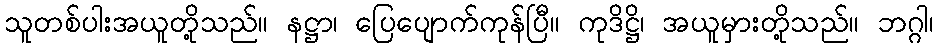
သူတစ်ပါးအယူတို့သည်။ နဋ္ဌာ၊ ပြေပျောက်ကုန်ပြီ။ ကုဒိဋ္ဌိ၊ အယူမှားတို့သည်။ ဘဂ္ဂါ၊